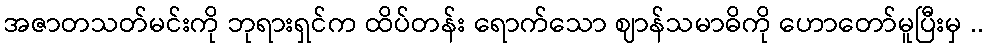
အဇာတသတ်မင်းကို ဘုရားရှင်က ထိပ်တန်း ရောက်သော ဈာန်သမာဓိကို ဟောတော်မူပြီးမှ ..